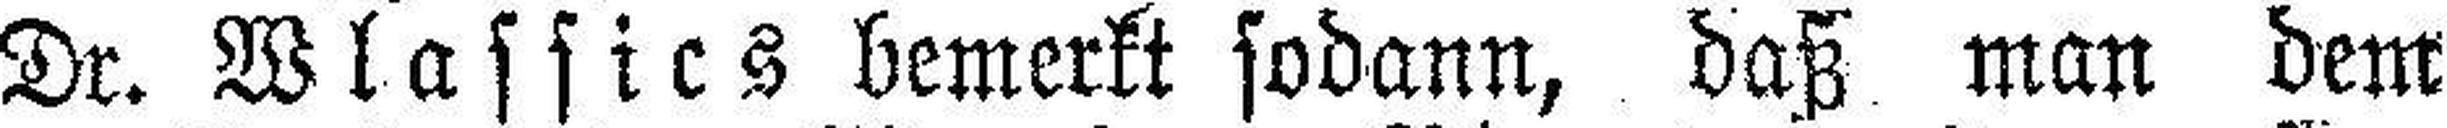
Dr. Wlassics bemerkt sodann, daß man dem